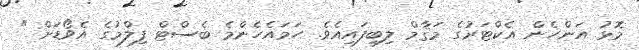
މޮޅު އަންހެން އެކްޓަރުގެ މަޤާމް ލިބިފައިއެވެ. ހަމައެހެންމެ ބެސްޓް ފިލްމުގެ އެވޯޑަށް "